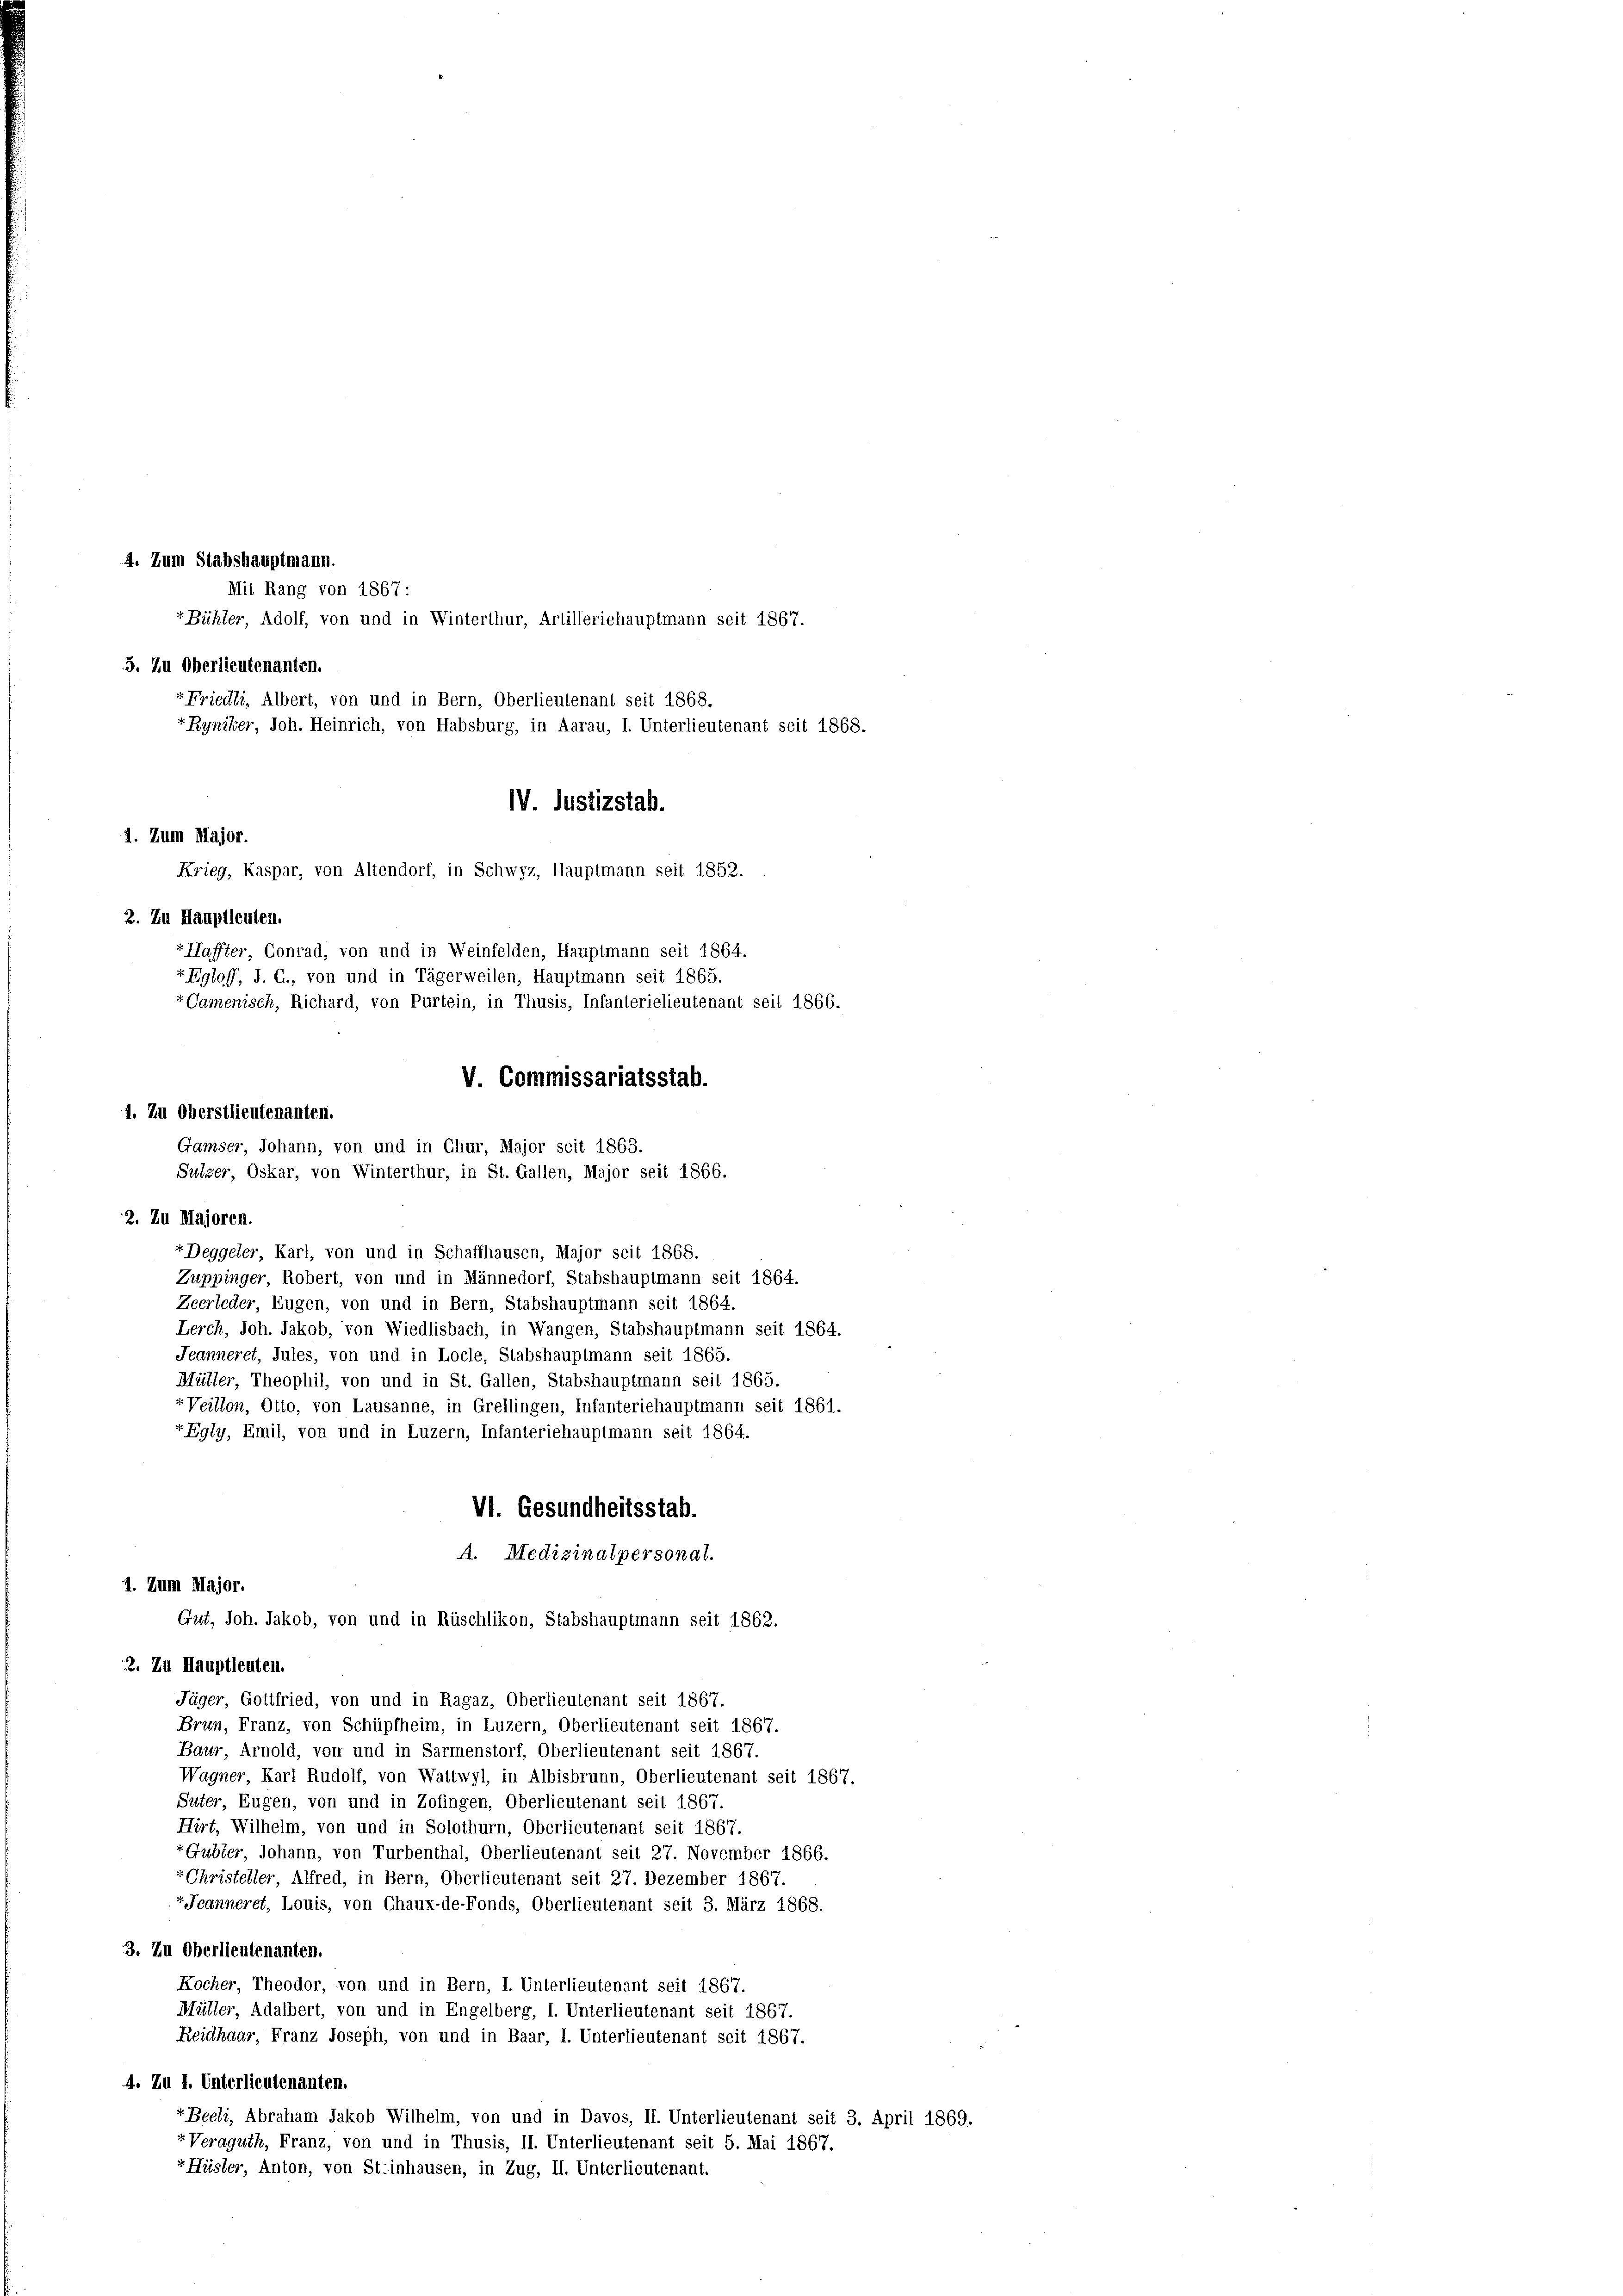
4. Zum Stabshauptmann.
5. Zu Oberlieutenanten.
rFriedli, Albert, von und in Bern, Oberlieutenant seit 1868.
Ryniker, Joh. Heinrich, von Habsburg, in Aarau, I. Unterlieutenant seit 1868.
IV. Justizstab.
1. Zum Major.
Krieg, Kaspar, von Altendorf, in Schwyz, Hauptmann seit 1852.
2. Zu Hauptleuten.
vHaffter, Conrad, von und in Weinfelden, Hauptmann seit 1864.
r Egloff, J. C., von und in Tägerweilen, Hauptmann seit 1865.
“ Camenisch, Richard, von Purtein, in Thusis, Infanterielieutenant seit 1866.
V. Commissariatsstab.

1. Zu Oberstlieutenanten.
Gamser, Johann, von und in Chur, Major seit 1863.
Sulzer, Oskar, von Winterthur, in St. Gallen, Major seit 1866.
2. Zu Majoren.

1. Zum Major.

Mit Rang von 1867 :
r Bühler, Adolf, von und in Winterthur, Artilleriehauptmann seit 1867.

+Deggeler, Karl, von und in Schaffhausen, Major seit 1868.
Zuppinger, Robert, von und in Männedorf, Stabshauptmann seit 1864.
Zeerleder, Eugen, von und in Bern, Stabshauptmann seit 1864.
Lerch, Joh. Jakob, von Wiedlisbach, in Wangen, Stabshauptmann seit 1864.
Jeanneret, Jules, von und in Locle, Stabshauptmann seit 1865.
Müller, Theophil, von und in St. Gallen, Stabshauptmann seit 1865.
«Veillon, Otto, von Lausanne, in Grellingen, Infanteriehauptmann seit 1861.
rEgly, Emil, von und in Luzern, Infanteriehauptmann seit 1864.
VI. Gesundheitsstab.
A. Medizinalpersonat.
Gut, Joh. Jakob, von und in Rüschlikon, Stabshauptmann seit 1862.
2. Zu Hauptleuten.
Jäger, Gottfried, von und in Ragaz, Oberlieutenant seit 1867.
Brin, Franz, von Schüpfheim, in Luzern, Oberlieutenant seit 1867.
Baur, Arnold, von und in Sarmenstorf, Oberlieutenant seit 1867.
Wagner, Karl Rudolf, von Wattwyl, in Albisbrunn, Oberlieutenant seit 1867.
Suter, Eugen, von und in Zofingen, Oberlieutenant seit 1867.
Hirt, Wilhelm, von und in Solothurn, Oberlieutenant seit 1867.
"Guber, Johann, von Turbenthal, Oberlieutenant seit 27. November 1866.
r Christeller, Alfred, in Bern, Oberlieutenant seit 27. Dezember 1867.
+ Jeanneret, Louis, von Chaux-de-Fonds, Oberlieutenant seit 3. März 1868.
3. Zu Oberlieutenanten.
Kocher, Theodor, von und in Bern, I. Unterlieutenant seit 1867.
Müller, Adalbert, von und in Engelberg, I. Unterlieutenant seit 1867.
Reidhaar, Franz Joseph, von und in Baar, I. Unterlieutenant seit 1867.
4. Zu I. Unterlieutenanten.
+Beeli, Abraham Jakob Wilhelm, von und in Davos, II. Unterlieutenant seit 3. April 1869.
rVeraguth, Franz, von und in Thusis, II. Unterlieutenant seit 5. Mai 1867.
vHüsler, Anton, von St.inhausen, in Zug, II. Unterlieutenant.